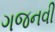
ગજનવી